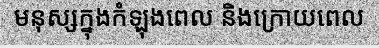
មនុស្សក្នុងកំឡុងពេល និងក្រោយពេល